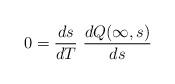
LaTeX: \begin{align*}0 = \frac{ds}{dT} \ \frac{dQ(\infty,s)}{ds}\end{align*}